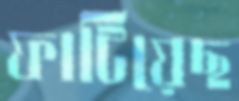
ফাটিয়েছ